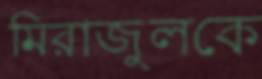
মিরাজুলকে